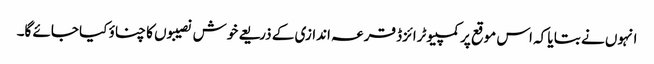
انہوں نے بتا یا کہ اس موقع پر کمپیوٹرائزڈ قرعہ اندازی کے ذریعے خوش نصیبوں کا چناؤ کیا جائے گا۔